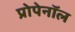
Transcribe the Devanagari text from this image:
प्रोपेनॉल